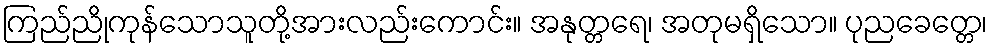
ကြည်ညိုကုန်သောသူတို့အားလည်းကောင်း။ အနုတ္တရေ၊ အတုမရှိသော။ ပုညခေတ္တေ၊